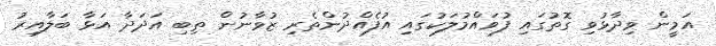
އަމީން ވިދާޅުވި ގޮތުގައި ފުވައްމުލަކުގައި އުފެއްދުންތެރި ޒުވާނުން ތިބި އަދަދާ އަޅާ ބަލާއިރު